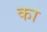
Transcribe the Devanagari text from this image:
का